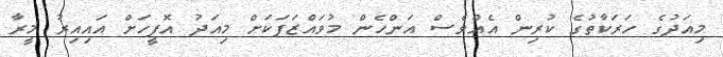
މިއަދުގެ ހަރަކާތުގެ ކުރިން އެއްވެސް އަންހެން މުވައްޒަފަކަށް މިއަދު އޮފީހަށް އައިއިރު މީރާ